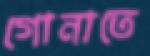
গোনাতে